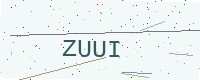
Text: ZUUI